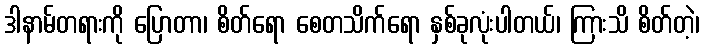
ဒါနာမ်တရားကို ပြောတာ၊ စိတ်ရော စေတသိက်ရော နှစ်ခုလုံးပါတယ်၊ ကြားသိ စိတ်တဲ့၊